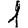
Digit: 1